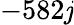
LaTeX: -582\mathit{j}